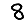
Digit: 8